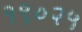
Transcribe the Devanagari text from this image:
१९०२५